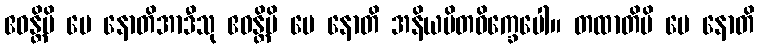
ဧဝန္တိပိ မေ နောတိအာဒီသု ဧဝန္တိပိ မေ နောတိ အနိယမိတဝိက္ခေပေါ။ တထာတိပိ မေ နောတိ